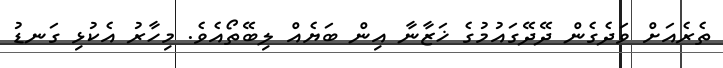
ތެރެއަށް ވަދެގެން ދޭދޭގައުމުގެ ޚަޒާނާ އިން ބަޔެއް ލިބޭތޯއެވެ. މިހާރު އެކުޅި ގަނޑު